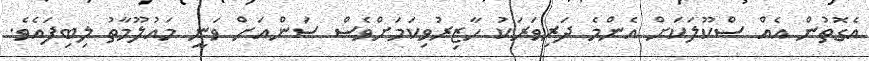
އެގޮތުން އެއް ސްކޫލަކަށް އެންމެ ދަރިވަރަކު ހާޒިރުވިކަމަށްވެސް ސަންއަށް ވަނީ މައުލޫމާތު ލިބިފައެވެ.